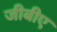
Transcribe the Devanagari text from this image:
जीबीए